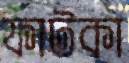
ফাটকা